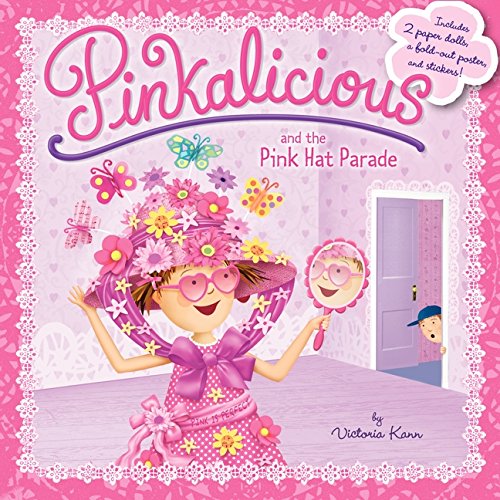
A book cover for Pinkalicious and the Pink Hat Parade; Victoria Kann; Children's Books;